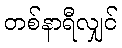
တစ်နာရီလျှင်